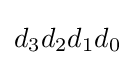
d_{3}d_{2}d_{1}d_{0}